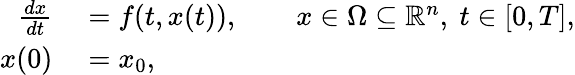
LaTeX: \begin{array}{rl}{\frac{dx}{dt}}&{{}=f(t,x(t)),\qquad x\in\Omega\subseteq\mathbb{R}^{n},\ t\in[0,T],}\\ {x(0)}&{{}=x_{0},}\end{array}